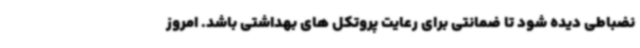
نضباطی دیده شود تا ضمانتی برای رعایت پروتکل های بهداشتی باشد. امروز